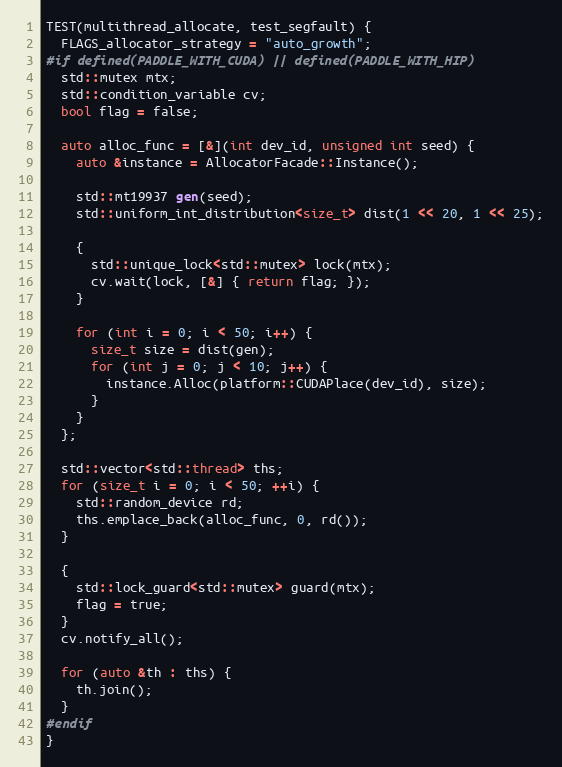
Language: C++
TEST(multithread_allocate, test_segfault) {
  FLAGS_allocator_strategy = "auto_growth";
#if defined(PADDLE_WITH_CUDA) || defined(PADDLE_WITH_HIP)
  std::mutex mtx;
  std::condition_variable cv;
  bool flag = false;

  auto alloc_func = [&](int dev_id, unsigned int seed) {
    auto &instance = AllocatorFacade::Instance();

    std::mt19937 gen(seed);
    std::uniform_int_distribution<size_t> dist(1 << 20, 1 << 25);

    {
      std::unique_lock<std::mutex> lock(mtx);
      cv.wait(lock, [&] { return flag; });
    }

    for (int i = 0; i < 50; i++) {
      size_t size = dist(gen);
      for (int j = 0; j < 10; j++) {
        instance.Alloc(platform::CUDAPlace(dev_id), size);
      }
    }
  };

  std::vector<std::thread> ths;
  for (size_t i = 0; i < 50; ++i) {
    std::random_device rd;
    ths.emplace_back(alloc_func, 0, rd());
  }

  {
    std::lock_guard<std::mutex> guard(mtx);
    flag = true;
  }
  cv.notify_all();

  for (auto &th : ths) {
    th.join();
  }
#endif
}